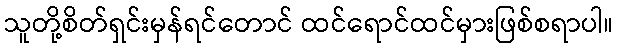
သူတို့စိတ်ရှင်းမှန်ရင်တောင် ထင်ရောင်ထင်မှားဖြစ်စရာပါ။